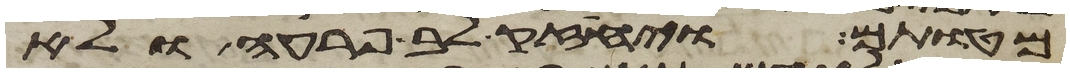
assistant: מטותם ויחזק לב פרעה ולא